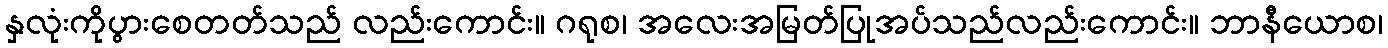
နှလုံးကိုပွားစေတတ်သည် လည်းကောင်း။ ဂရုစ၊ အလေးအမြတ်ပြုအပ်သည်လည်းကောင်း။ ဘာနီယောစ၊